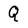
Character: Q